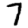
Digit: 7